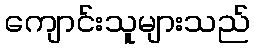
ကျောင်းသူများသည်